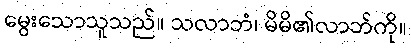
မွေးသောသူသည်။ သလာဘံ၊ မိမိ၏လာဘ်ကို။